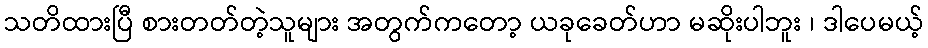
သတိထားပြီ စားတတ်တဲ့သူများ အတွက်ကတော့ ယခုခေတ်ဟာ မဆိုးပါဘူး ၊ ဒါပေမယ့်